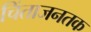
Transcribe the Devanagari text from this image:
चिंताजनतक